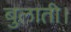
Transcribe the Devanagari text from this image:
बुलाती।